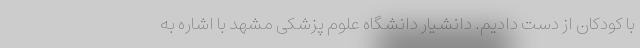
با کودکان از دست دادیم. دانشیار دانشگاه علوم پزشکی مشهد با اشاره به